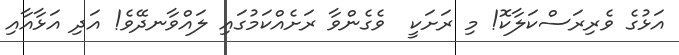
އަޅުގެ ވެރިރަސްކަލާކޮ! މި ރަށަކީ  ވެގެންވާ ރަށެއްކަމުގައި ލައްވާނދޭވެ! އަދި އަޅާއާއި